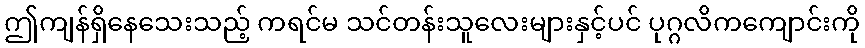
ဤကျန်ရှိနေသေးသည့် ကရင်မ သင်တန်းသူလေးများနှင့်ပင် ပုဂ္ဂလိကကျောင်းကို